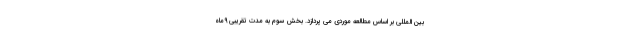
بین المللی بر اساس مطالعه موردی می پردازد. بخش سوم به مدت تقریبی 9ماه